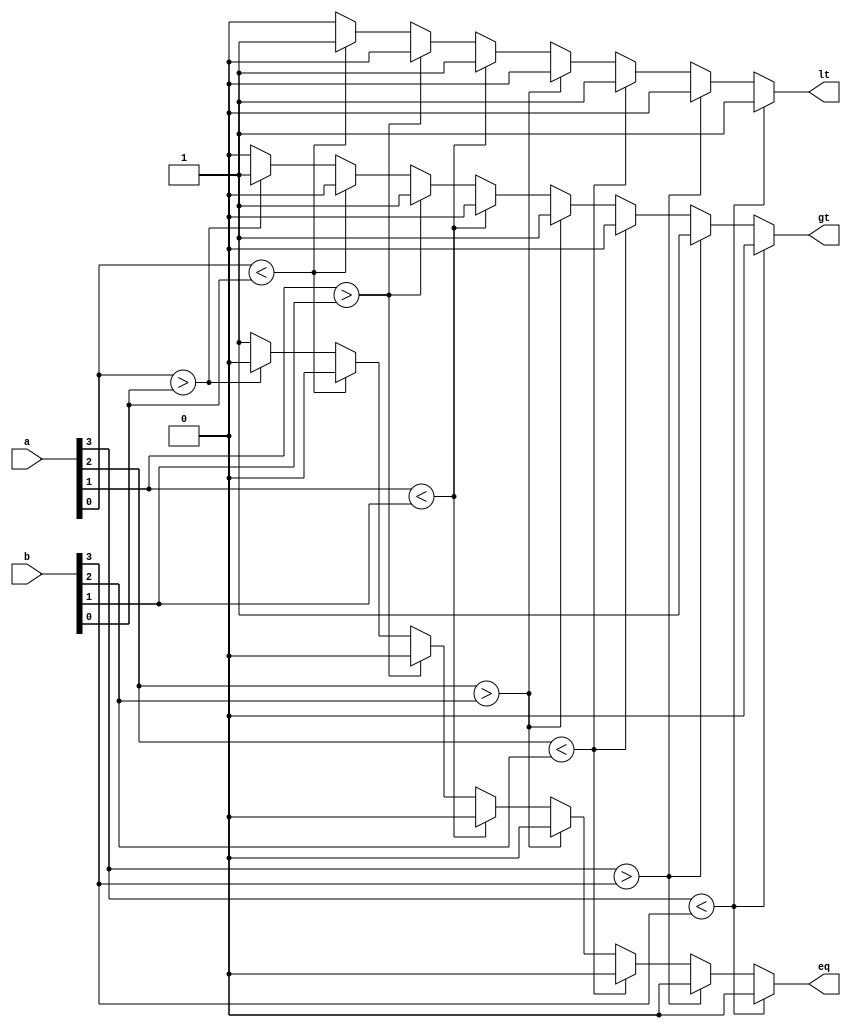
module comp(a,b,gt,eq,lt);
	input[3:0] a,b;
	output reg gt,lt,eq;

	always @ (a or b) begin
		if (a[3] < b[3]) begin 
			gt = 0; 
			lt = 1; 
			eq = 0;
		end
		else if (a[3] > b[3]) begin 
			gt = 1; 
			lt = 0; 
			eq = 0;
		end
		else begin 
			if (a[2] < b[2]) begin 
				gt = 0; 
				lt = 1; 
				eq = 0;
			end
			else if (a[2] > b[2]) begin 
				gt = 1; 
				lt = 0; 
				eq = 0;
			end
			else begin
				if (a[1] < b[1]) begin
					gt = 0; 
					lt = 1; 
					eq = 0;
				end
				else if (a[1] > b[1] ) begin
					gt = 1; 
					lt = 0; 
					eq = 0;
				end
				else begin
					if (a[0] < b[0]) begin
						gt = 0; 
						lt = 1; 
						eq = 0;
					end
					else if (a[0] > b[0]) begin 
						gt = 1; 
						lt = 0; 
						eq = 0;
					end
					else begin
						gt = 0; 
						lt = 0;
						eq = 1;
					end
				end
			end
		end
	end
endmodule

module testbench;
	reg[3:0] a,b;
	wire gt,lt,eq;
	comp c(a,b,gt,eq,lt);
	initial begin
		$monitor(,$time," a=%4b, b=%4b, eq=%b, gt=%b, lt=%b",a,b,eq,gt,lt);
		#0 a=4'b1111; b=4'b1111;
		#5 a=4'b1000;
		#5 b=4'b0000;
		#5 $finish;
	end
endmodule